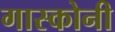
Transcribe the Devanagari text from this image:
गास्कोनी